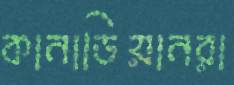
কানাডিয়ানরা